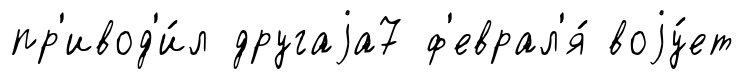
пр'ивод'и́л другаjа7 ф'еврал'я́ воjу́ет